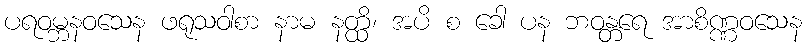
ပရဝမ္ဘနဝသေန ဖရုသဝါစာ နာမ နတ္ထိ၊ အပိ စ ခေါ ပန ဘဝန္တရေ အာစိဏ္ဏဝသေန